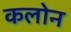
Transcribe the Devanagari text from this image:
कलोन